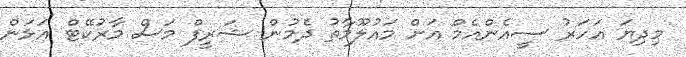
މިދިޔަ އަހަރު ސީއެންއެމް އަށް މައުލޫމާތު ދެމުން ޝަރީފް މަސް މާރުކޭޓް އަޅަން